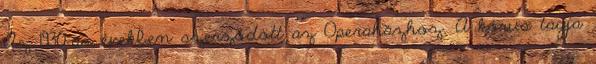
Az 1930-as években szerződött az Operaházhoz. A kórus tagja